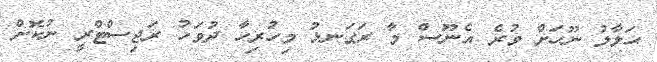
ޙަލާލު ނޫހަށް ވުރެ އެނޫސް މާ ރަގަނޅު މިހުރިހާ ދުވަހު ރަޖިސްޓްރީ ނުކޮށް